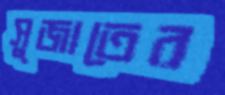
সুজাতের